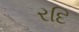
રદિ